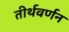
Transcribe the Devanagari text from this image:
तीर्थवर्णन